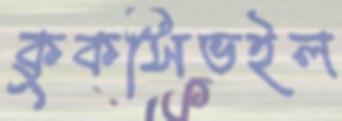
কুকসিভইল